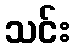
သင်း